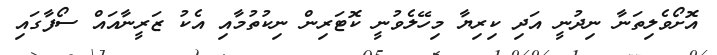
އޮށޯވެލިތަނާ ނިދުނީ އަދި ކިރިޔާ މިހޭލެވުނީ ކޮޓަރިން ނިކުތުމާއި އެކު ޒަރީނާއައް ސޯފާގައި